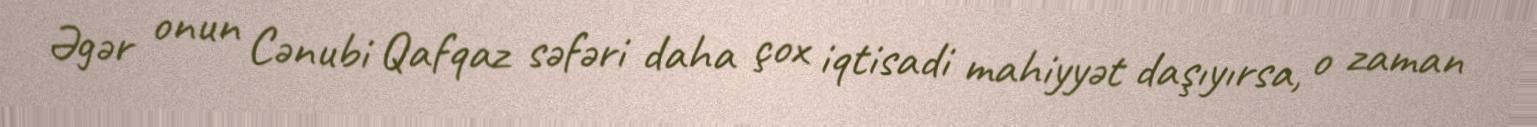
Əgər onun Cənubi Qafqaz səfəri daha çox iqtisadi mahiyyət daşıyırsa, o zaman